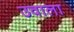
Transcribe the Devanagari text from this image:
उवाला